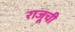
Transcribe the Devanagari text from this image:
राजूची